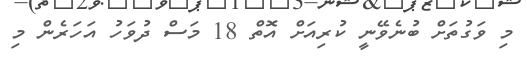
މި ވަގުތަށް ބުނެވޭނީ ކުރިއަށް އޮތް 18 މަސް ދުވަހު އަހަރެން މި